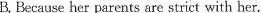
B. Because her parents are strict with her.